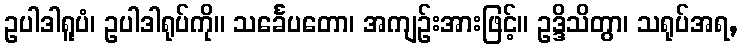
ဥပါဒါရူပံ၊ ဥပါဒါရုပ်ကို။ သင်္ခေပတော၊ အကျဉ်းအားဖြင့်။ ဥဒ္ဒိသိတွာ၊ သရုပ်အရ,